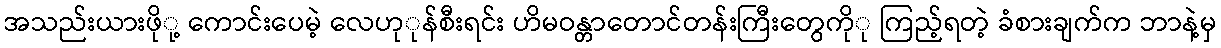
အသည်းယားဖိုု့ ကောင်းပေမဲ့ လေဟုုန်စီးရင်း ဟိမဝန္တာတောင်တန်းကြီးတွေကိုု ကြည့်ရတဲ့ ခံစားချက်က ဘာနဲ့မှ